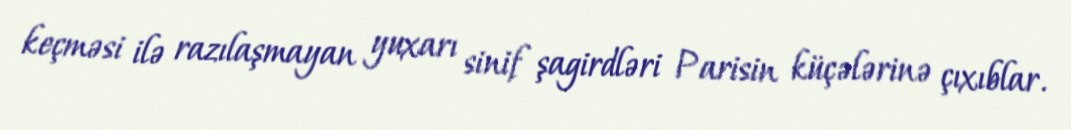
keçməsi ilə razılaşmayan yuxarı sinif şagirdləri Parisin küçələrinə çıxıblar.